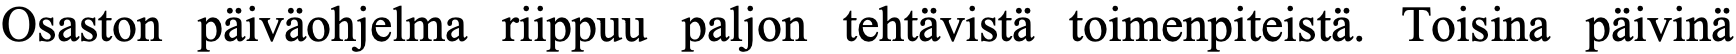
Osaston päiväohjelma riippuu paljon tehtävistä toimenpiteistä. Toisina päivinä